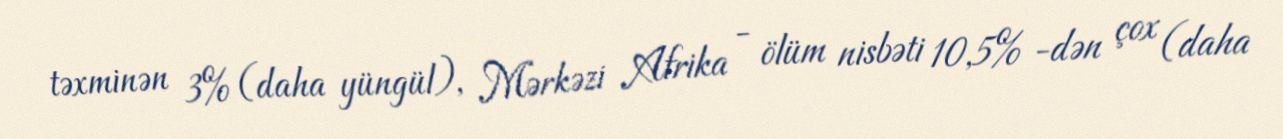
təxminən 3% (daha yüngül), Mərkəzi Afrika - ölüm nisbəti 10,5% -dən çox (daha